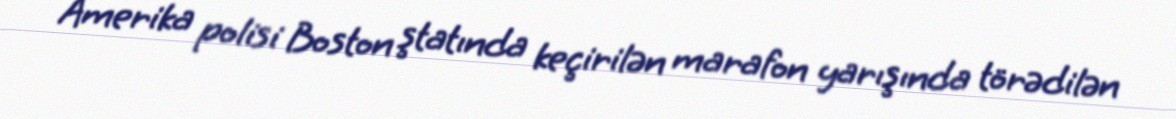
Amerika polisi Boston ştatında keçirilən marafon yarışında törədilən